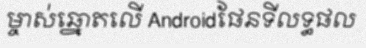
ម្ចាស់ឆ្នោតលើ Androidផែនទីលទ្ធផល